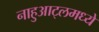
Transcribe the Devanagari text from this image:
नाहुआट्लमध्ये